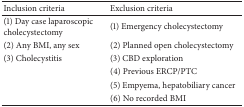
<table><thead><tr><td><b>Inclusion criteria</b></td><td><b>Exclusion criteria</b></td></tr></thead><tbody><tr><td>(1) Day case laparoscopic cholecystectomy</td><td>(1) Emergency cholecystectomy</td></tr><tr><td>(2) Any BMI, any sex</td><td>(2) Planned open cholecystectomy</td></tr><tr><td>(3) Cholecystitis</td><td>(3) CBD exploration</td></tr><tr><td> </td><td>(4) Previous ERCP/PTC</td></tr><tr><td> </td><td>(5) Empyema, hepatobiliary cancer</td></tr><tr><td> </td><td>(6) No recorded BMI</td></tr></tbody></table>